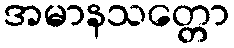
အမာနသတ္တော